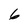
Character: 6